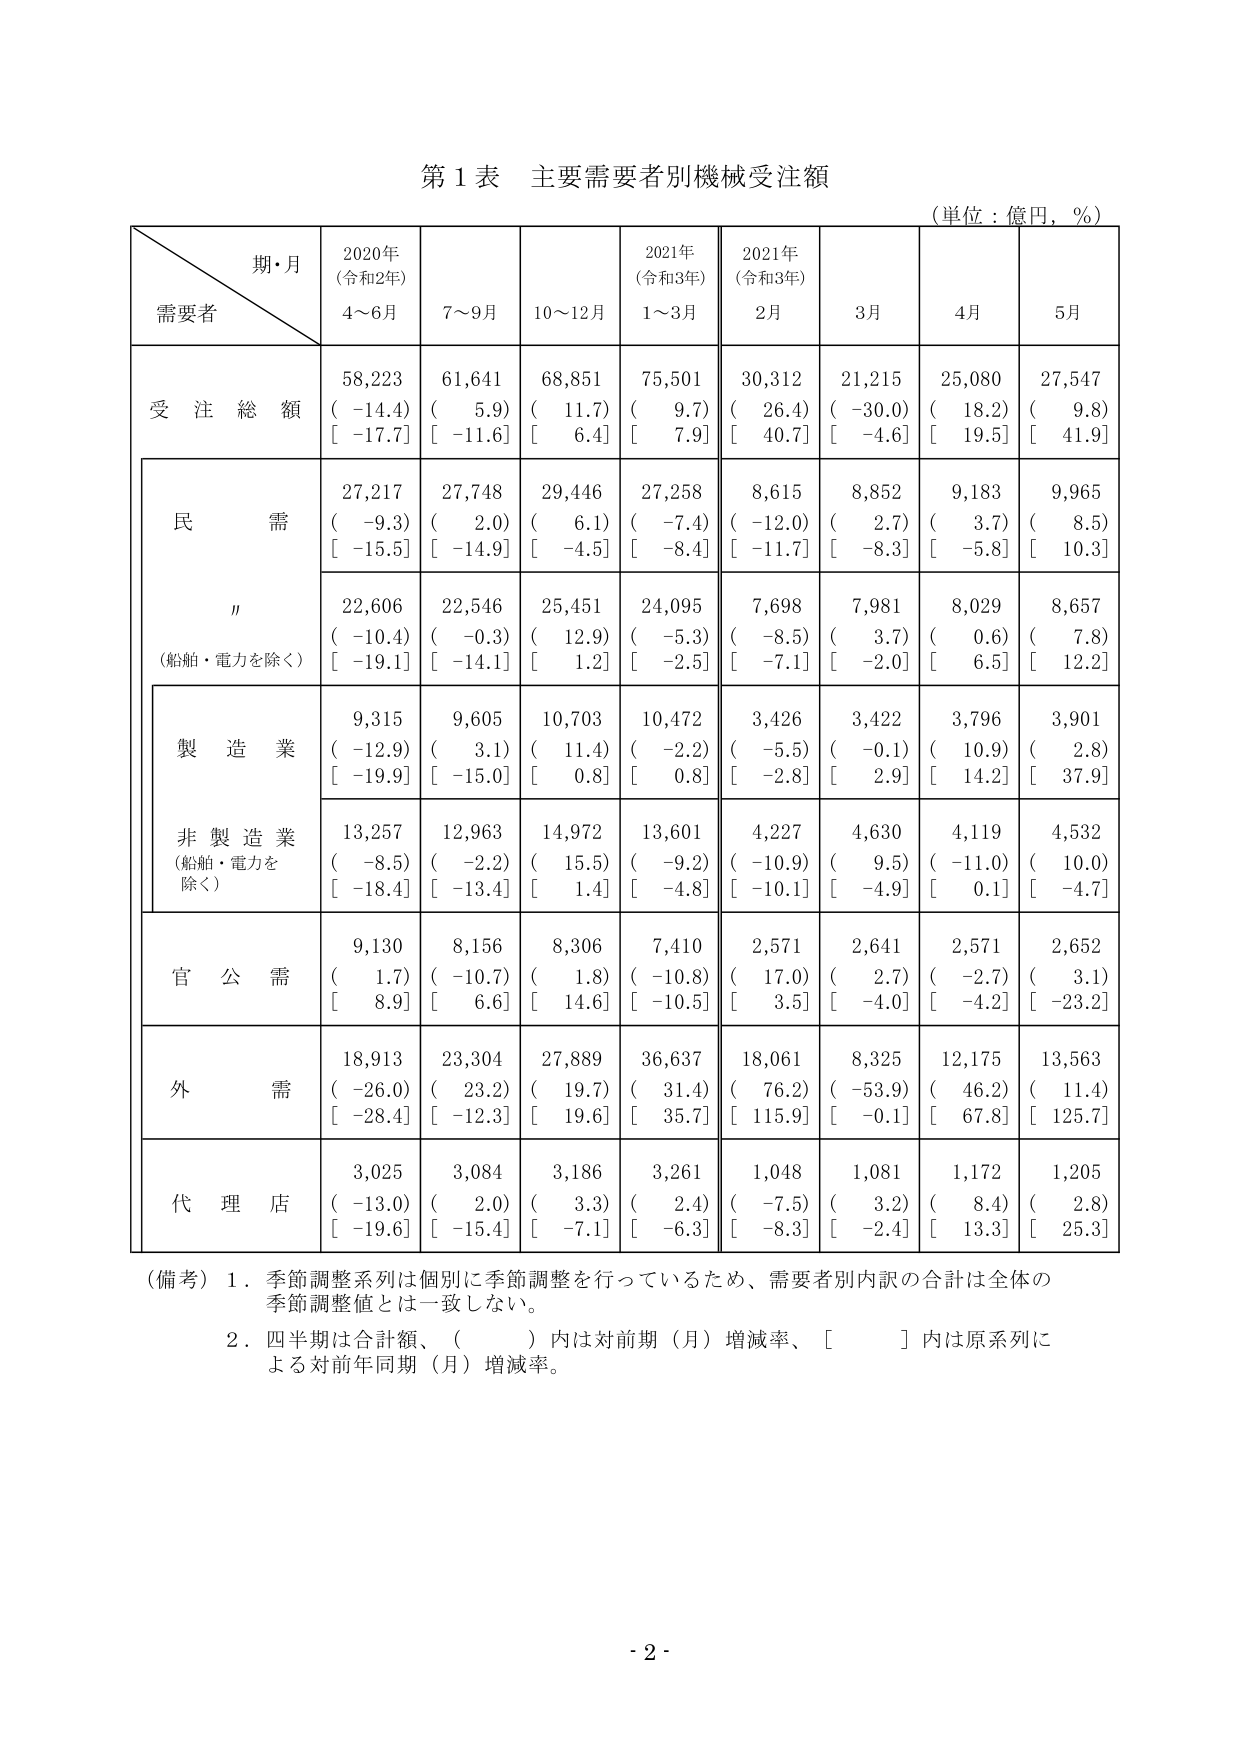
第１表 主要需要者別機械受注額
（単位：億円，％）

期・月
需要者
2020年
（令和2年）
4～6月
7～9月
10～12月
2021年
（令和3年）
1～3月
2021年
（令和3年）
2月
3月
4月
5月

受注総額
58,223
（ -14.4）
[ -17.7]
61,641
（  5.9）
[ -11.6]
68,851
（ 11.7）
[  6.4]
75,501
（  9.7）
[  7.9]
30,312
（ 26.4）
[ 40.7]
21,215
（ -30.0）
[ -4.6]
25,080
（ 18.2）
[ 19.5]
27,547
（  9.8）
[ 41.9]

民需
27,217
（ -9.3）
[ -15.5]
27,748
（  2.0）
[ -14.9]
29,446
（  6.1）
[ -4.5]
27,258
（ -7.4）
[ -8.4]
8,615
（ -12.0）
[ -11.7]
8,852
（  2.7）
[ -8.3]
9,183
（  3.7）
[ -5.8]
9,965
（  8.5）
[ 10.3]

〃
（船舶・電力を除く）
22,606
（ -10.4）
[ -19.1]
22,546
（ -0.3）
[ -14.1]
25,451
（ 12.9）
[  1.2]
24,095
（ -5.3）
[ -2.5]
7,698
（ -8.5）
[ -7.1]
7,981
（  3.7）
[ -2.0]
8,029
（  0.6）
[  6.5]
8,657
（  7.8）
[ 12.2]

製造業
9,315
（ -12.9）
[ -19.9]
9,605
（  3.1）
[ -15.0]
10,703
（ 11.4）
[  0.8]
10,472
（ -2.2）
[  0.8]
3,426
（ -5.5）
[ -2.8]
3,422
（ -0.1）
[  2.9]
3,796
（ 10.9）
[ 14.2]
3,901
（  2.8）
[ 37.9]

非製造業
（船舶・電力を除く）
13,257
（ -8.5）
[ -18.4]
12,963
（ -2.2）
[ -13.4]
14,972
（ 15.5）
[  1.4]
13,601
（ -9.2）
[ -4.8]
4,227
（ -10.9）
[ -10.1]
4,630
（  9.5）
[ -4.9]
4,119
（ -11.0）
[  0.1]
4,532
（ 10.0）
[ -4.7]

官公需
9,130
（  1.7）
[  8.9]
8,156
（ -10.7）
[  6.6]
8,306
（  1.8）
[ 14.6]
7,410
（ -10.8）
[ -10.5]
2,571
（ 17.0）
[  3.5]
2,641
（  2.7）
[ -4.0]
2,571
（ -2.7）
[ -4.2]
2,652
（  3.1）
[ -23.2]

外需
18,913
（ -26.0）
[ -28.4]
23,304
（ 23.2）
[ -12.3]
27,889
（ 19.7）
[ 19.6]
36,637
（ 31.4）
[ 35.7]
18,061
（ 76.2）
[ 115.9]
8,325
（ -53.9）
[ -0.1]
12,175
（ 46.2）
[ 67.8]
13,563
（ 11.4）
[ 125.7]

代理店
3,025
（ -13.0）
[ -19.6]
3,084
（  2.0）
[ -15.4]
3,186
（  3.3）
[ -7.1]
3,261
（  2.4）
[ -6.3]
1,048
（ -7.5）
[ -8.3]
1,081
（  3.2）
[ -2.4]
1,172
（  8.4）
[ 13.3]
1,205
（  2.8）
[ 25.3]

（備考）１．季節調整系列は個別に季節調整を行っているため、需要者別内訳の合計は全体の季節調整値とは一致しない。
２．四半期は合計額、（　　）内は対前期（月）増減率、［　　］内は原系列による対前年同期（月）増減率。

- 2 -